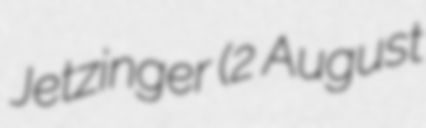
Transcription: Jetzinger (2 August